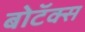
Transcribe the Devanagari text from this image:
बोटॅक्स